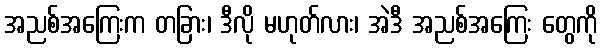
အညစ်အကြေးက တခြား၊ ဒီလို မဟုတ်လား၊ အဲဒီ အညစ်အကြေး တွေကို